Jarvakandi_vallavalitsus, lk 86
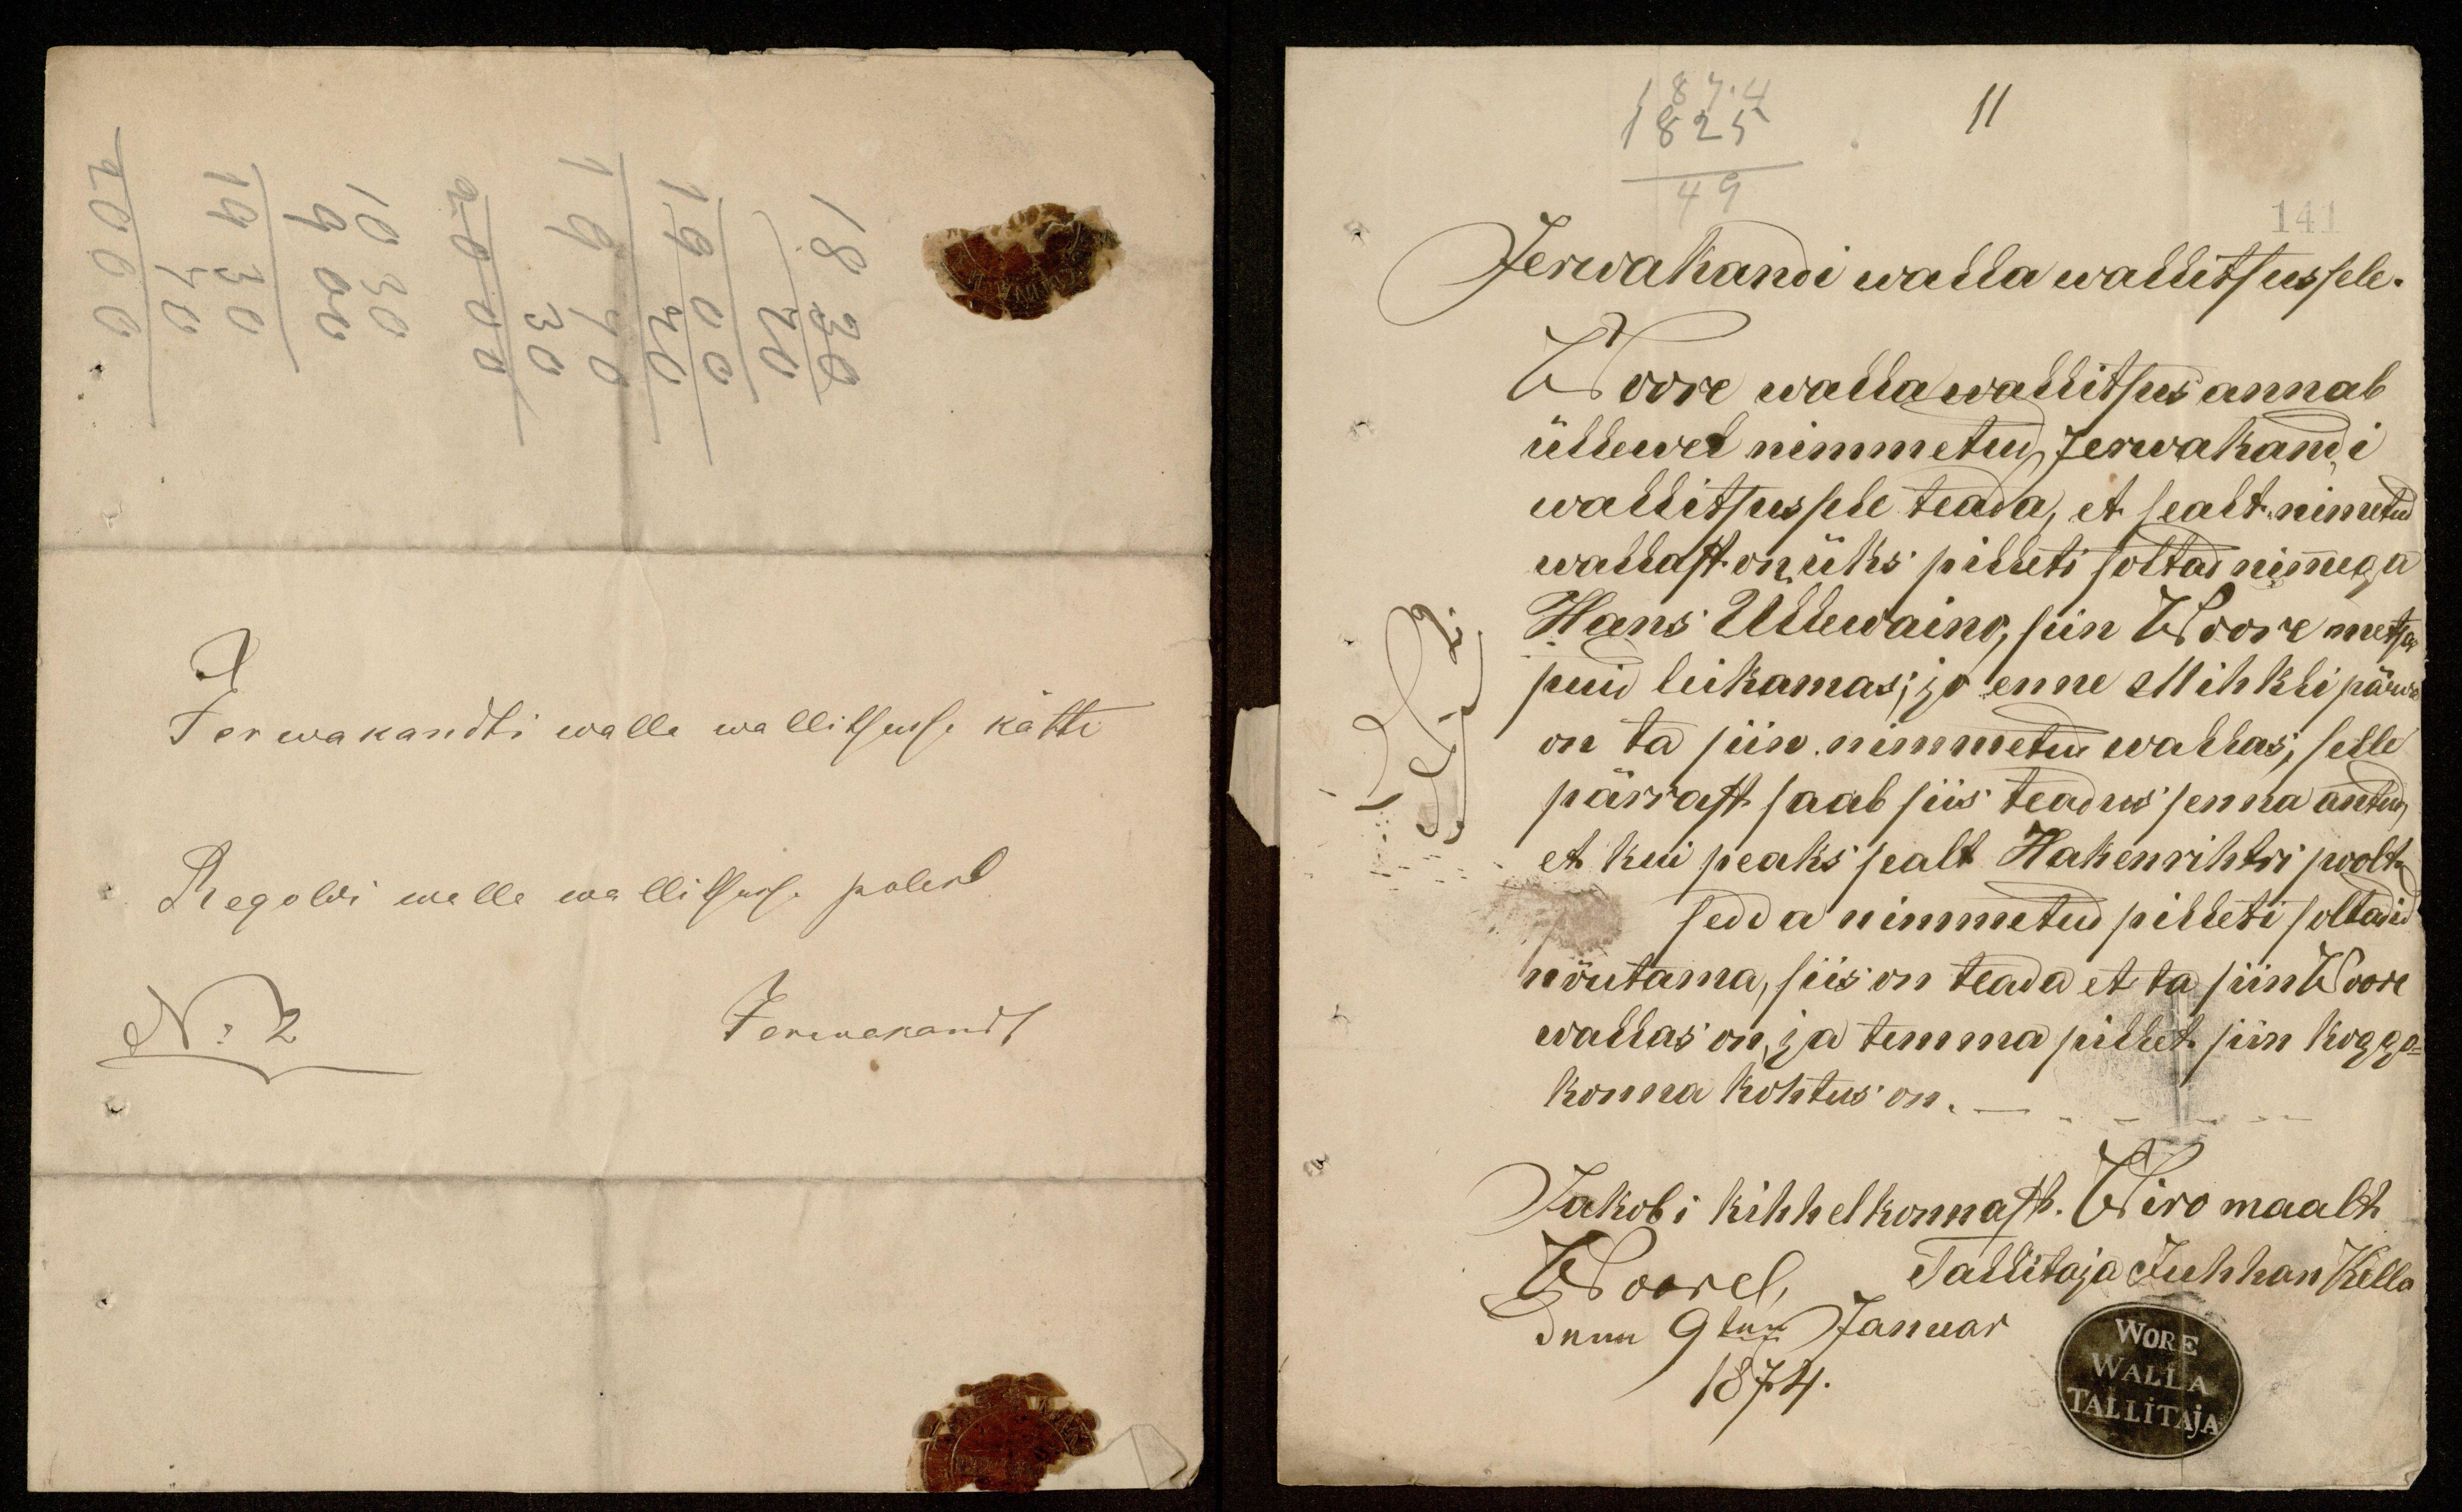
11

Jerwakandi walla wallitsusse kätte
Regoldi walle wallitsusse polest
No 2
Jerwakandt

49
Jerwakandi walla wallitsussele.
Woore walla wallitsus annab
üllewal nimmetud Jerwakandi
wallitsussele teada, et sealt nimetud
wallast on üks pilleti soldadt nimmega
Hans Ullewaino, siin Woore metsa-
puid leikamas; ja enne Mihkli päewa
on ta siin nimmetud wallas, selle
pärrast saab siis teadus senna antud
et kui peaks sealt Hakenrihtri poolt
sedda nimmetud pilleti solatadid
nõutama, siis on teada et ta siin Woore
wallas on ja temma pillet siin koggo-
konna kohtus on.
Jakobi kihhelkonnast. Wiro maalt
Woorel, Tallitaja Juhhan Kella
dem 9ten Januar
1874.